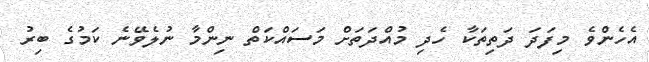
އެހެންވެ މިފަދަ ދަތިތަކާ ހެދި މުއްދަތަށް މަސައްކަތް ނިންމާ ނުލެވޭނެ ކަމުގެ ބިރު